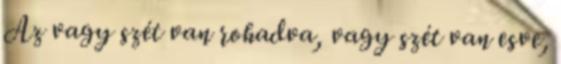
Az vagy szét van rohadva, vagy szét van esve,